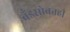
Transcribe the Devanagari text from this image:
बँडसोबतही